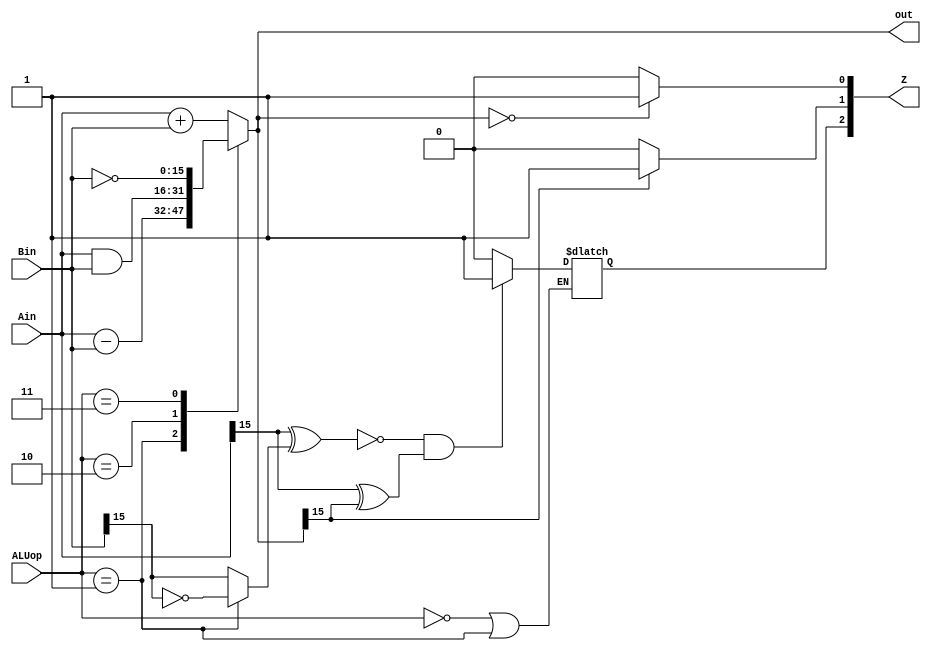
module ALU(Ain,Bin,ALUop,out,Z);
	input [15:0] Ain, Bin;
	input [1:0] ALUop;
	output reg [15:0] out;
	output reg [2:0]Z;
	reg sign_A, sign_B,sign_R;
	
	always  @(*) begin
		case(ALUop) 
			2'b00: out = Ain + Bin;
			2'b01: out = Ain - Bin;
			2'b10: out = (Ain & Bin);
			2'b11: out = ~Bin;
			default: out = {16{1'bx}};
		endcase 
		sign_A = Ain[15];
		sign_B = (ALUop == 2'b01) ? ~Bin[15] : Bin[15];
		sign_R = out[15];

		Z[0] = (out == 16'd0) ? 1'b1 : 1'b0; //Z
		Z[1] = (out[15] == 1'b1) ? 1'b1 : 1'b0; //N
		if(ALUop == 2'b00 | ALUop == 2'b01) //V
			Z[2] = ((~(sign_A ^ sign_B)) & (sign_A ^ sign_R)) ? 1'b1 : 1'b0;

	end 
endmodule